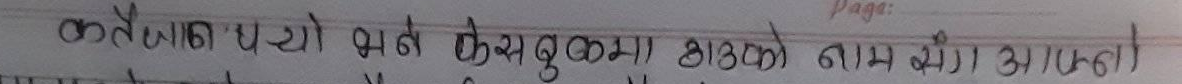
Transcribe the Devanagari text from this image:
कठैवा (पयो) भने केशुबुकाको नाम संग आउदो